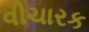
વીચારક